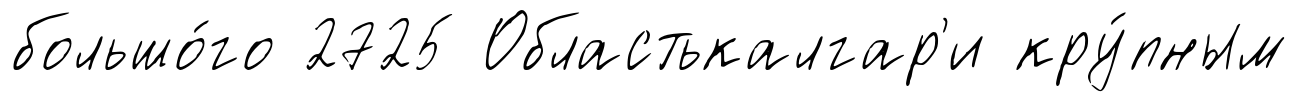
большо́го 2725 Областькалгар'и кру́пным